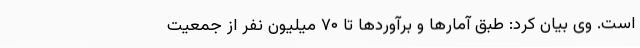
است. وی بیان کرد: طبق آمار‌ها و برآورد‌ها تا ۷۰ میلیون نفر از جمعیت